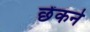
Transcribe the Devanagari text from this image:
छेंकने